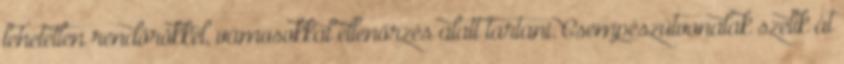
lehetetlen rendőrökkel, vámosokkal ellenőrzés alatt tartani. Csempészútvonalak szelik át